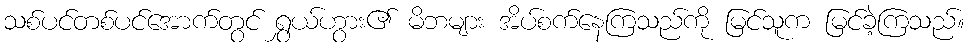
သစ်ပင်တစ်ပင်အောက်တွင် ရွှယ်ဟွား၏ မိဘများ အိပ်စက်နေကြသည်ကို မြင်သူက မြင်ခဲ့ကြသည်။